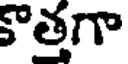
కొత్తగా